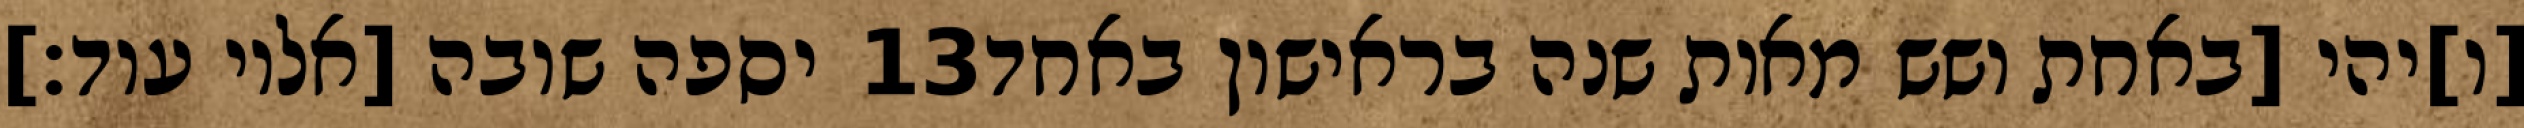
יספה שובה [אליו עוד׃] ‎13‏ [ו]יהי [באחת ושש מאות שנה בראישון באחד